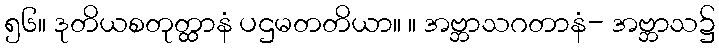
၅၆။ ဒုတိယစတုတ္ထာနံ ပဌမတတိယာ။ ။ အဗ္ဘာသဂတာနံ- အဗ္ဘာသ၌